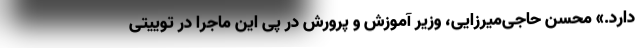
دارد.» محسن حاجی‌میرزایی، وزیر آموزش و پرورش در پی این ماجرا در توییتی